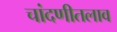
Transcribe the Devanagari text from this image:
चांदणीतलाव